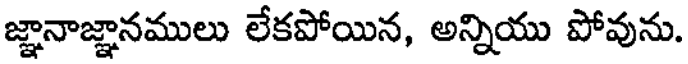
జ్ఞానాజ్ఞానములు లేకపోయిన, అన్నియు పోవును.